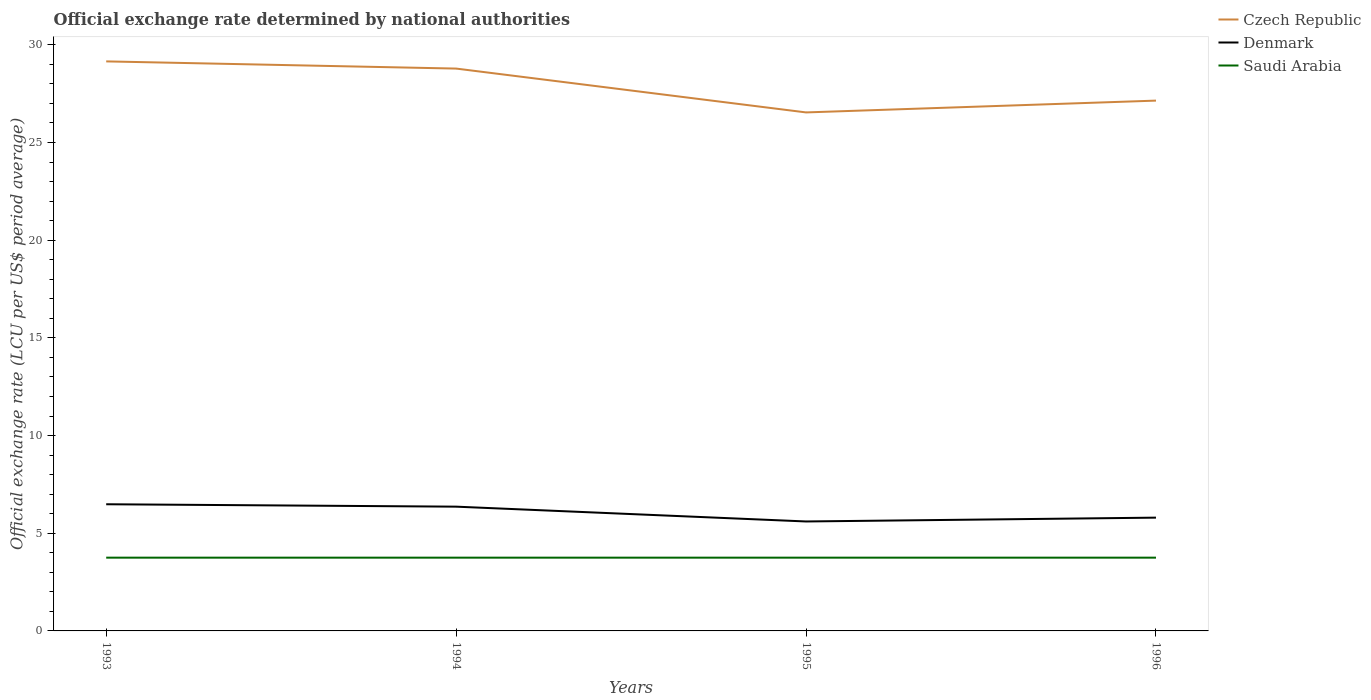
| Years | Czech Republic | Denmark | Saudi Arabia |
 | --- | --- | --- | --- |
 | 1993 | 29.2 | 6.48 | 3.75 |
 | 1994 | 28.8 | 6.36 | 3.75 |
 | 1995 | 26.5 | 5.6 | 3.75 |
 | 1996 | 27.1 | 5.8 | 3.75 |